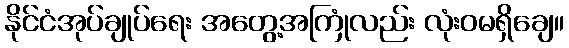
နိုင်ငံအုပ်ချုပ်ရေး အတွေ့အကြုံလည်း လုံးဝမရှိချေ။